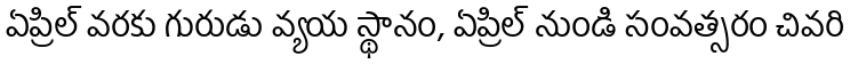
ఏప్రిల్ వరకు గురుడు వ్యయ స్థానం, ఏప్రిల్ నుండి సంవత్సరం చివరి